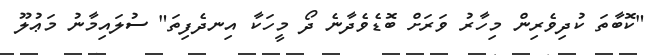
"ކޮބާތަ ކުދިވެރިން މިހާރު ވަރަށް ބޮޑެވެދާނެ ދޯ މީހަކާ އިނދެފިތަ" ސުލައިމާނު މަޢުލޫ